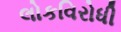
લોકવિરોધી